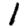
Digit: 1